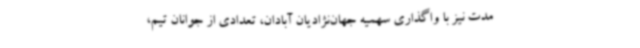
مدت نیز با واگذاری سهمیه جهان‌نژادیان آبادان، تعدادی از جوانان تیم،